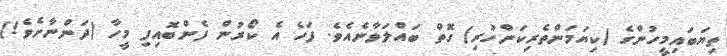
ތިޔަބައިމީހުންގެ (ކިޔަމަންތެރިކަންހުރި) ގޮތް ބައްލަވާނެއެވެ. ފަހެ އެ ކޯރުން ފެންބޮއިފި މީހާ (ދަންނާށެވެ!)